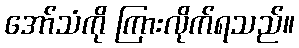
အော်သံကို ကြားလိုက်ရသည်။